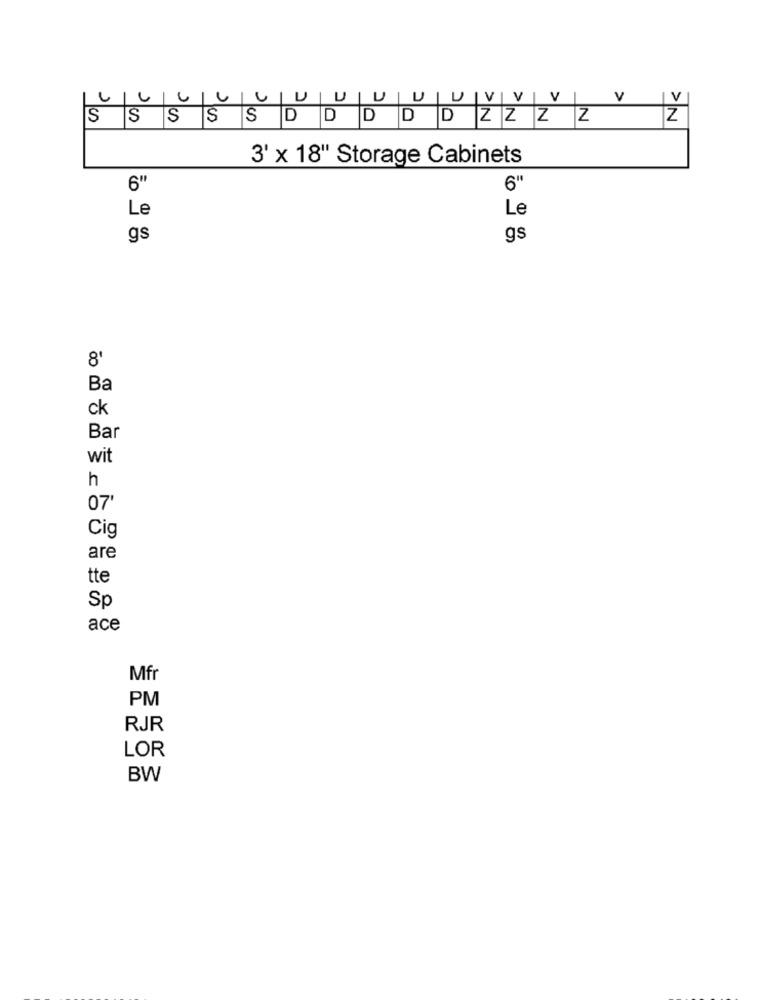
2
1
|U |U|V|V|V| V| V
V
U
SSSSSDDDDD ZZ ZZ
3' x 18" Storage Cabinets
6"
Le
Le
gs
gs
8'
Ba
ck
Bar
wit
h
07
Cig
are
tte
Sp
ace
Mfr
PM
RJR
LOR
BW